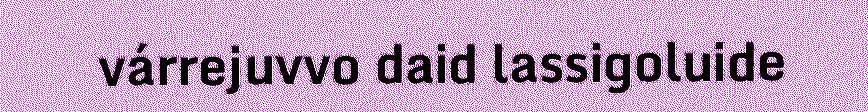
várrejuvvo daid lassigoluide